Report on the lunatic asylums under the Government of Bombay - 1904-1913
Year: 1904
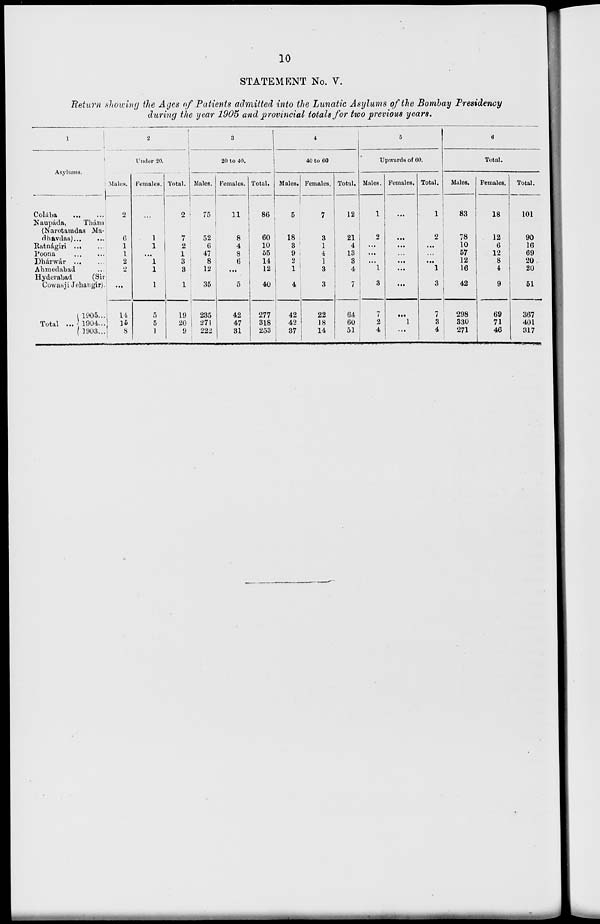
10
STATEMENT No. V.
Return showing the Ages of Patients admitted into the Lunatic Asylums of the Bombay Presidency
during the year 1905 and provincial totals for two previous years.
1
Asylums.
Colába
...
...
Naupáda,
Thána
(Narotamdas Ma-
-havdas) ... ...
Ratnágiri
...
...
Poona ... ...
Dhárwár
...
...
Ahmedabad ...
Hyderabad
(Sir
Cowasji Jehangir).
Total ...
1905 ...
1904 ...
1903 ...
2
Under 20.
Males.
2
6
1
1
2
2
...
14
15
8
Females.
...
1
1
...
1
1
1
5
5
1
Total.
2
7
2
1
3
3
1
19
20
9
3
20 to 40.
Males.
75
52
6
47
8
12
35
235
271
222
Females.
11
8
4
8
6
...
5
42
47
31
Total.
86
60
10
55
14
12
40
277
318
253
4
40 to 60
Males.
5
18
3
9
2
1
4
42
42
37
Females.
7
3
1
4
1
3
3
22
18
14
Total.
12
21
4
13
3
4
7
64
60
51
5
Upwards of 60.
Males.
1
2
...
...
...
1
3
7
2
4
Females.
...
...
...
...
...
...
...
...
1
...
Total.
1
2
...
...
...
1
3
7
3
4
6
Total.
Males.
83
78
10
57
12
16
42
298
330
271
Females.
18
12
6
12
8
4
9
69
71
46
Total.
101
90
16
69
20
20
51
367
401
317